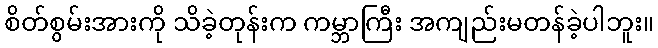
စိတ်စွမ်းအားကို သိခဲ့တုန်းက ကမ္ဘာကြီး အကျည်းမတန်ခဲ့ပါဘူး။